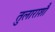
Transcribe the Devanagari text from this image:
तुलाराशौ